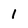
Character: 1